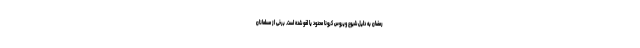
رمضان به دلیل شیوع ویروس کرونا محدود یا لغو شده است. برخی از مسلمانان